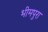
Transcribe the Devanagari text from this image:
भीमपुरा